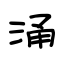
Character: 涌